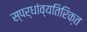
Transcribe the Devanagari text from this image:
स्पर्धांव्यतिरिक्त